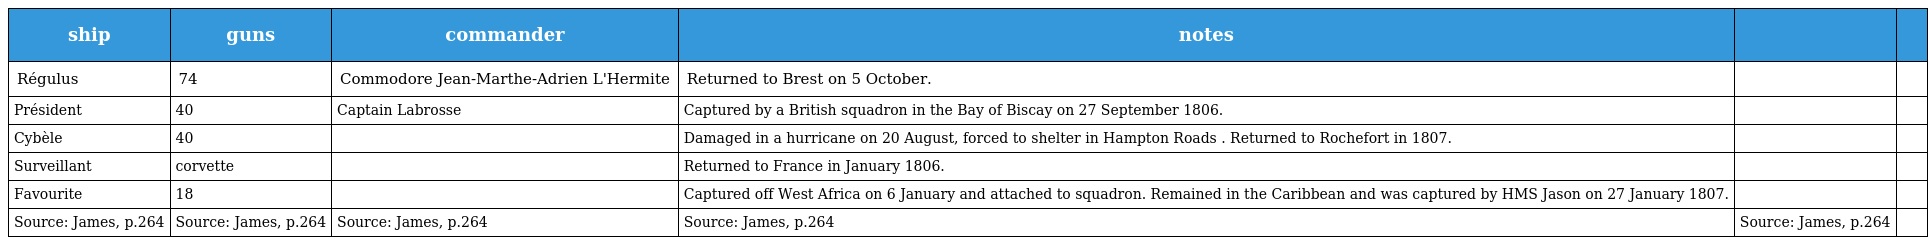
| ship | guns | commander | notes |  |  |
 | --- | --- | --- | --- | --- | --- |
 | Régulus | 74 | Commodore Jean-Marthe-Adrien L'Hermite | Returned to Brest on 5 October. |  |  |
 | Président | 40 | Captain Labrosse | Captured by a British squadron in the Bay of Biscay on 27 September 1806. |  |  |
 | Cybèle | 40 |  | Damaged in a hurricane on 20 August, forced to shelter in Hampton Roads . Returned to Rochefort in 1807. |  |  |
 | Surveillant | corvette |  | Returned to France in January 1806. |  |  |
 | Favourite | 18 |  | Captured off West Africa on 6 January and attached to squadron. Remained in the Caribbean and was captured by HMS Jason on 27 January 1807. |  |  |
 | Source: James, p.264 | Source: James, p.264 | Source: James, p.264 | Source: James, p.264 | Source: James, p.264 |  |